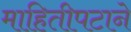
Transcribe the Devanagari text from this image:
माहितीपटाने